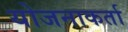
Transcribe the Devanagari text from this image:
योजनाकर्ता